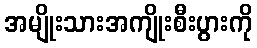
အမျိုးသားအကျိုးစီးပွားကို